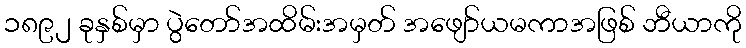
၁၈၉၂ ခုနှစ်မှာ ပွဲတော်အထိမ်းအမှတ် အဖျော်ယမကာအဖြစ် ဘီယာကို